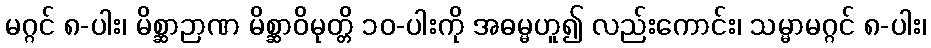
မဂ္ဂင် ၈-ပါး၊ မိစ္ဆာဉာဏ မိစ္ဆာဝိမုတ္တိ ၁၀-ပါးကို အဓမ္မဟူ၍ လည်းကောင်း၊ သမ္မာမဂ္ဂင် ၈-ပါး၊